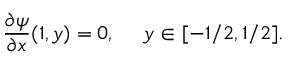
\frac { \partial \psi } { \partial x } ( 1 , y ) = 0 , ~ ~ ~ ~ y \in [ - 1 / 2 , 1 / 2 ] .